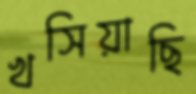
খসিয়াছি